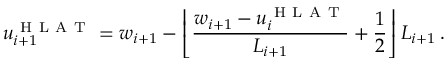
u _ { i + 1 } ^ { \mathrm { ~ H ~ L ~ A ~ T ~ } } = w _ { i + 1 } - \left\lfloor \frac { w _ { i + 1 } - u _ { i } ^ { \mathrm { ~ H ~ L ~ A ~ T ~ } } } { L _ { i + 1 } } + \frac { 1 } { 2 } \right\rfloor L _ { i + 1 } \, .